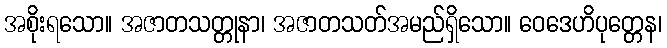
အစိုးရသော။ အဇာတသတ္တုနာ၊ အဇာတသတ်အမည်ရှိသော။ ဝေဒေဟိပုတ္တေန၊